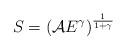
LaTeX: \begin{align*}S = \left( {\cal A} E^\gamma \right)^{\frac{1}{1 + \gamma}}\end{align*}